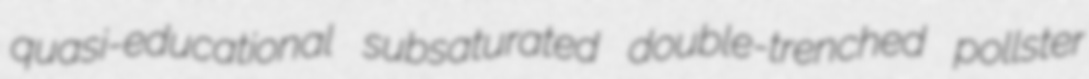
quasi-educational subsaturated double-trenched pollster